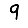
Digit: 9